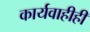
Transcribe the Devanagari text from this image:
कार्यवाहीही